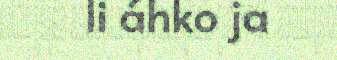
li áhko ja